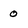
Character: 0